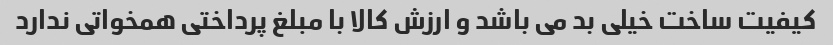
کیفیت ساخت خیلی بد می باشد و ارزش کالا با مبلغ پرداختی همخواتی ندارد